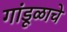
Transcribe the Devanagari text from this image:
गांडूळाचे